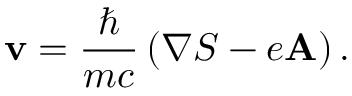
{ \bf v } = \frac { \hbar } { m c } \left( \nabla S - e { \bf A } \right) .